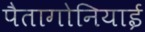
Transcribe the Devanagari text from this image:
पैतागोनियाई